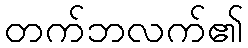
တက်ဘလက်၏